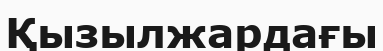
Қызылжардағы